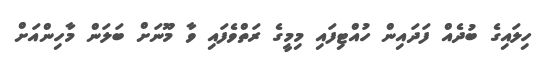
ހިލައިގެ ބުދެއް ފަދައިން ހުއްޓިފައި މިމީގެ ރަތްވެފައި ވާ މޫނަށް ބަލަން މާހިންއަށް